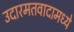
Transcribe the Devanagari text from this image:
उदारमतवादामध्ये